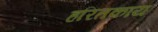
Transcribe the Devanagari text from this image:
हरितकाय